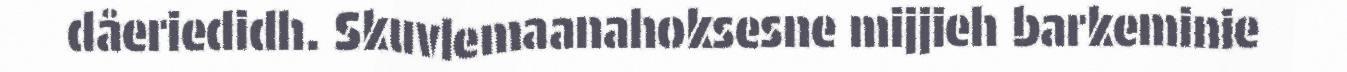
dåeriedidh. Skuvlemaanahoksesne mijjieh barkeminie